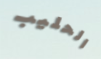
الحليب